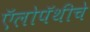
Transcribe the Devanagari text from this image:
ऍलोपॅथीचे